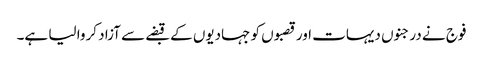
فوج نے درجنوں دیہات اور قصبوں کو جہادیوں کے قبضے سے آزاد کروا لیا ہے۔